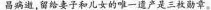
昌病逝，留给妻子和儿女的唯一遗产是三枚勋章。